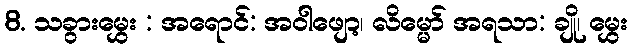
8. သခွားမွှေး : အရောင်: အဝါဖျော့၊ လိမ္မော် အရသာ: ချို၊ မွှေး